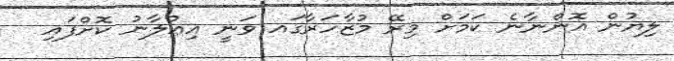
ލިޔުން އޮންނާނެ ކަމަށް މިރޭ މުޒާހަރާގައ ވަނީ އިޢުލާނު ކޮށްފައި